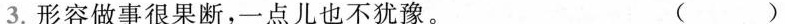
3.形容做事很果断，一点儿也不犹豫。（ ）